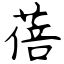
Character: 蓓